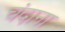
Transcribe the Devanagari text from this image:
चंदाना